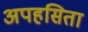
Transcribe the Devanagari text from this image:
अपहसिता